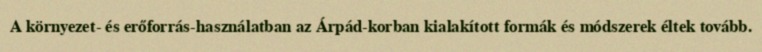
A környezet- és erőforrás-használatban az Árpád-korban kialakított formák és módszerek éltek tovább.